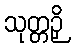
သုတ္တဉှိ